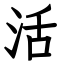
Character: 活